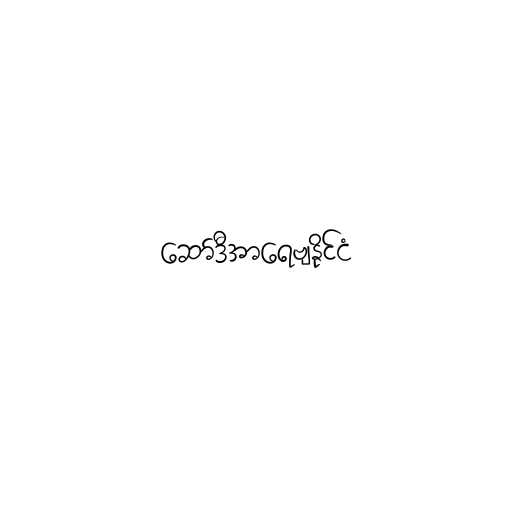
ဆော်ဒီအာရေဗျနိုင်ငံ